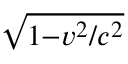
\scriptstyle { \sqrt { 1 - { v ^ { 2 } } / { c ^ { 2 } } } }